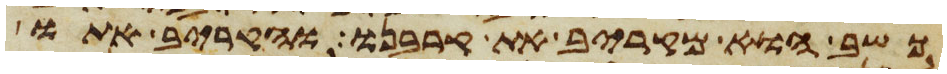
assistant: כשב הוא מקריב את קרבנו והקריב אתו